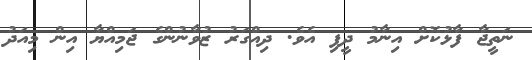
ނަތީޖާ ފާޅުކޮށް އިނާމު ދީފި އެވެ. ދިއްގަރު ޒުވާނުންގެ ޖަމިއްޔާ އިން މިއަދު